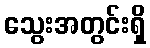
သွေးအတွင်းရှိ